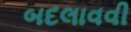
બદલાવવી